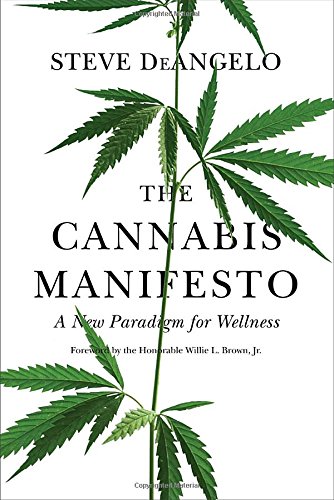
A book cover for The Cannabis Manifesto: A New Paradigm for Wellness; Steve DeAngelo; Health, Fitness & Dieting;